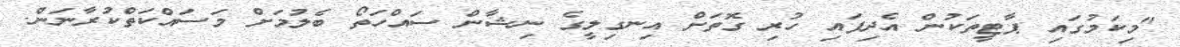
"މިކަމުގައި ޕާޓީތަކުން އެދިފައި ހުރި ގޮތަށް އިނގިލީގެ ނިޝާން ސައްހަތޯ ބެލުމަށް މަސައްކަތްކުރާނަން.